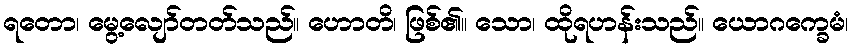
ရတော၊ မွေ့လျော်တတ်သည်။ ဟောတိ၊ ဖြစ်၏။ သော၊ ထိုရဟန်းသည်။ ယောဂက္ခေမံ၊